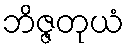
ဘိဇ္ဇတုယံ